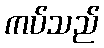
ကပ်သည်